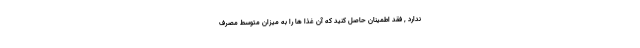
ندارد , فقد اطمینان حاصل کنید که آن غذا ها را به میزان متوسط مصرف